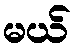
မယ်